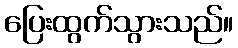
ပြေးထွက်သွားသည်။